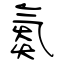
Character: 氮